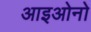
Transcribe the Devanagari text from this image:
आइओनो